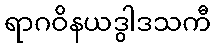
ရာဂဝိနယဒွါဒသကီ